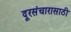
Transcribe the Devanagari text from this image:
दूरसंचारासाठी